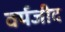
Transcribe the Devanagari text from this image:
वर्यजीद